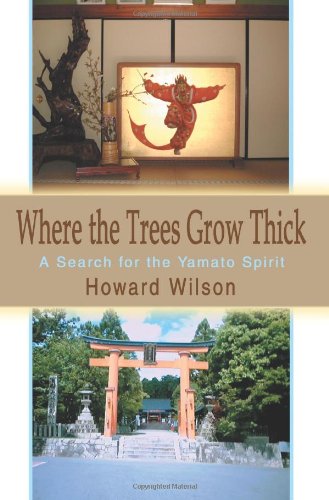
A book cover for Where the Trees Grow Thick: A Search for the Yamato Spirit; Howard Wilson; Religion & Spirituality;